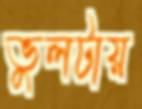
ভুলটায়